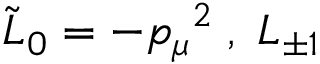
\tilde { L } _ { 0 } = - { p _ { \mu } } ^ { 2 } \; , \; L _ { \pm 1 }